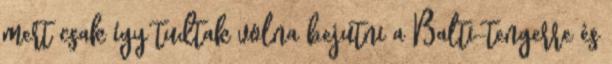
mert csak így tudtak volna bejutni a Balti-tengerre és